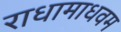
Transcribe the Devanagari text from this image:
राधामाधवम